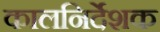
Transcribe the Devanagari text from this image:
कालनिर्देशक